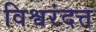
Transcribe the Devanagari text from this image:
विश्वरंदत्त